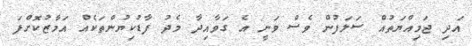
އަދި ޖަމިއްޔަތުއް ސަލަފުން ވެސް ވަނީ އެ ގަވާއިދާ މެދު ފާޑުކިޔުންތަކެއް އަމާޒުކޮށްފަ